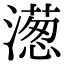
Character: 濍